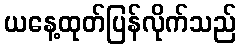
ယနေ့ထုတ်ပြန်လိုက်သည်